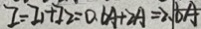
I = I _ { 1 } + I _ { 2 } = 0 . 6 A + 2 A = 2 . 6 A